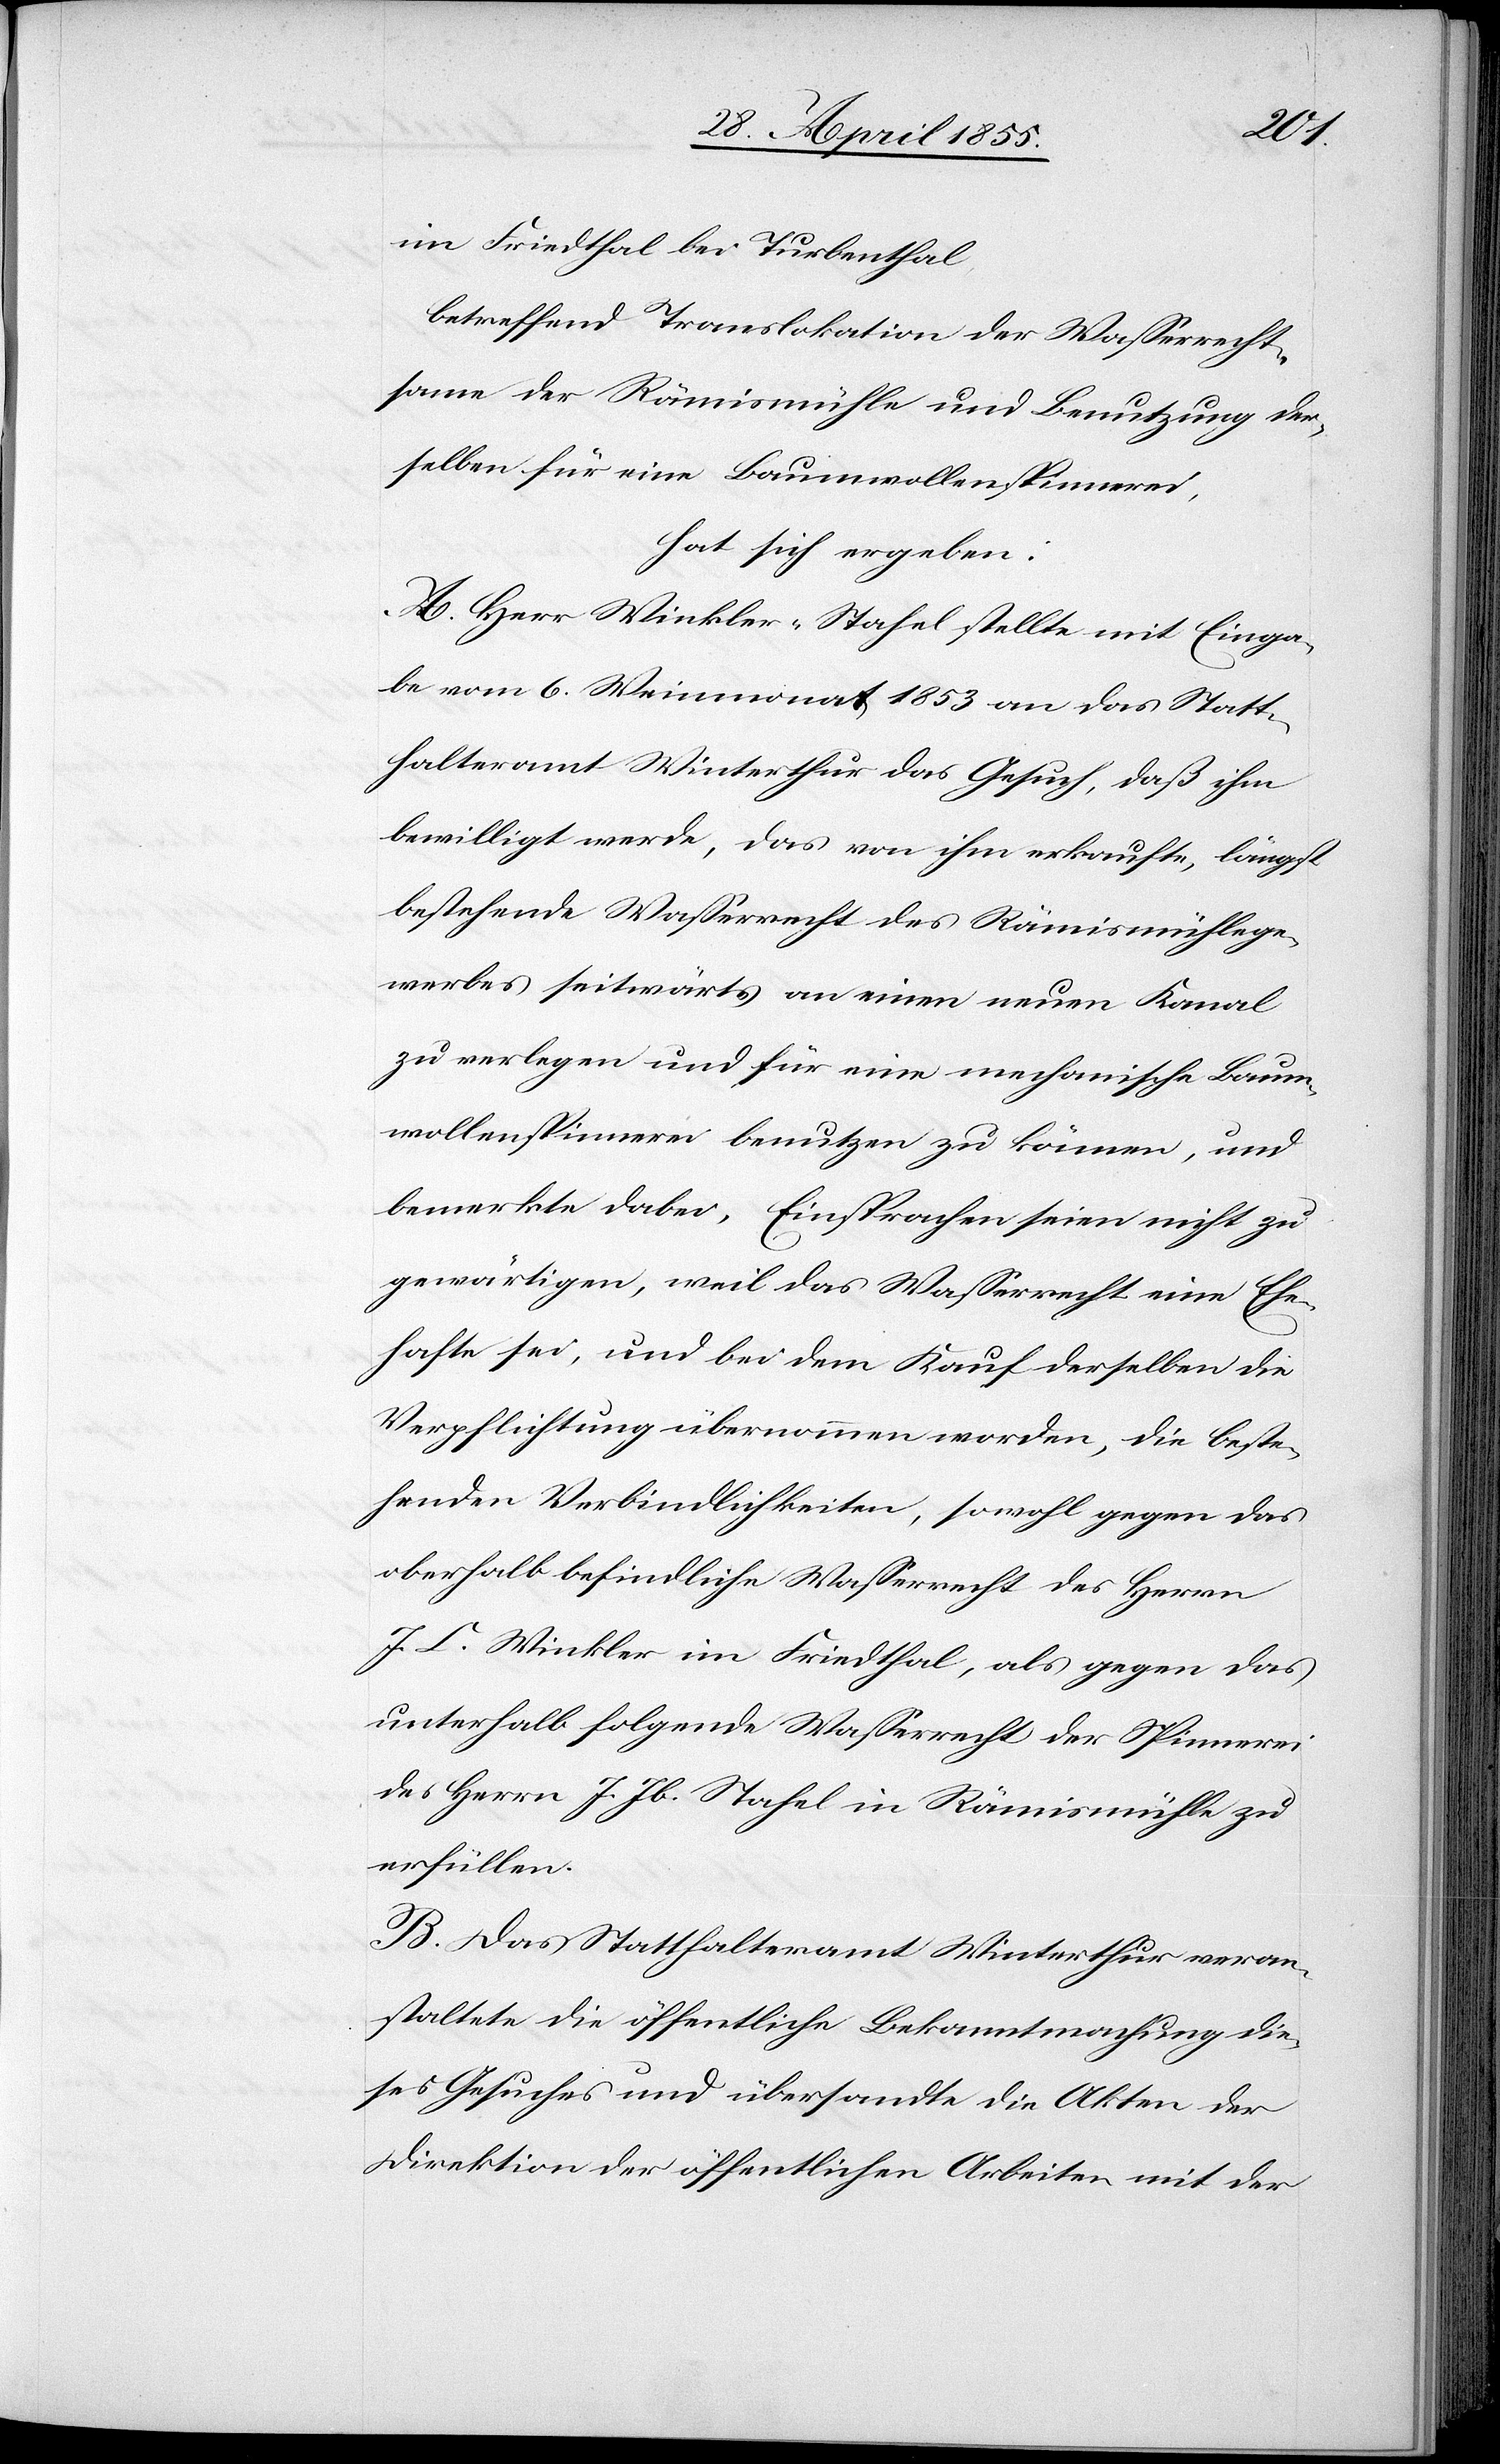
im Friedthal bei Turbenthal
betreffend Translokation der Wasserrecht¬
same der Rämismühle und Benutzung der¬
selben für eine Baumwollenspinnerei,
hat sich ergeben:
A. Herr Winkler-Stahel stellte mit Einga¬
be vom 6. Weinmonat 1853 an das Statt¬
halteramt Winterthur das Gesuch, daß ihm
bewilligt werde, das von ihm erkaufte, längst
bestehende Wasserrecht des Rämismühlege¬
werbes seitwärts an einen neuen Kanal
zu verlegen und für eine mechanische Baum¬
wollenspinnerei benutzen zu können, und
bemerkte dabei, Einsprachen seien nicht zu
gewärtigen, weil das Wasserrecht eine Ehe¬
hafte sei, und bei dem Kauf derselben die
Verpflichtung übernommen worden, die beste¬
henden Verbindlichkeiten, sowohl gegen das
oberhalb befindliche Wasserrecht des Herrn
J. C. Winkler im Friedthal, als gegen das
unterhalb folgende Wasserrecht der Spinnerei
des Herrn J. Jb. Stahel in Rämismühle zu
erfüllen.
B. Das Statthalteramt Winterthur veran¬
staltete die öffentliche Bekanntmachung die¬
ses Gesuches und übersandte die Akten der
Direktion der öffentlichen Arbeiten mit der